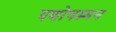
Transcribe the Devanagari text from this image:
यशोवम्र्मन